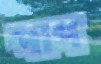
পাপ